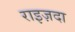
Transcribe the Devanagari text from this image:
राइज़दा